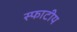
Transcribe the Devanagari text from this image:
स्फाटीय